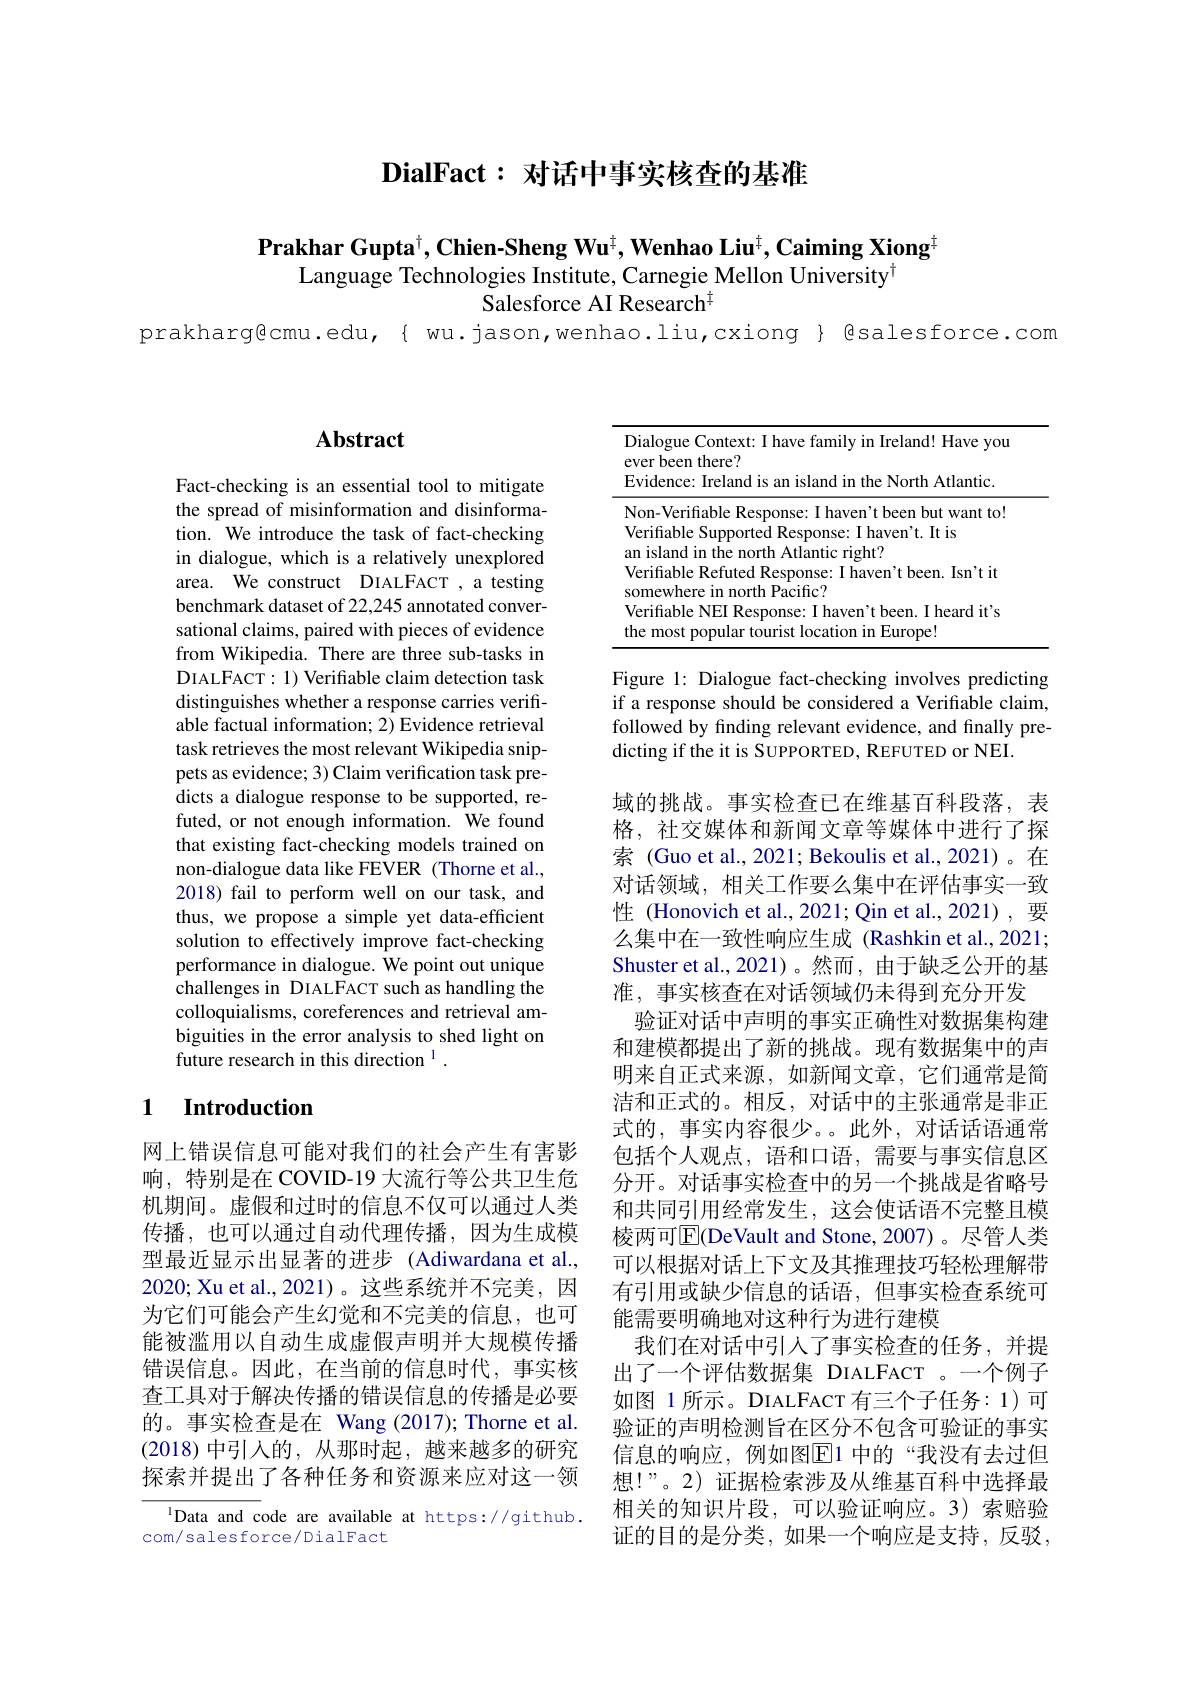
## $\textbf{DialFact: 对 话 中 事 实 核 查 的 基 准 }$

$\textbf{Prakhar Gupta}^{\dagger},\textbf{Chien-Sheng Wu}^{\dagger},\textbf{Wenhao Liu}^{\dagger},\textbf{Caiming Xiong}^{\dagger}$
Language Technologies Institute, Carnegie Mellon University$^{[\mathrm{m}]}$
Salesforce AI Research$^{\mathrm{T}}$

prakharg@cmu.edu,{ wu.jason,wenhao.liu,cxiong{ @salesforce.com

## Abstract

Fact-checking is an essential tool to mitigate the spread of misinformation and disinformation. We introduce the task of fact-checking in dialogue, which is a relatively unexplored area. We construct DIALFACT ,a testing benchmark dataset of 22,245 annotated conversational claims, paired with pieces of evidence from Wikipedia. There are three sub-tasks in DIALFACT: 1) Verifiable claim detection task distinguishes whether a response carries verifiable factual information; 2) Evidence retrieval task retrieves the most relevant Wikipedia snippets as evidence; 3) Claim verification task predicts a dialogue response to be supported, refuted, or not enough information. We found that existing fact-checking models trained on non-dialogue data like FEVER (Thorne et al. 2018) fail to perform well on our task, and thus, we propose a simple yet data-efficient solution to effectively improve fact-checking performance in dialogue. We point out unique challenges in DIALFACT such as handling the colloquialisms, coreferences and retrieval ambiguities in the error analysis to shed light on future research in this direction $^{1}.$

## 1 Introduction

网上错误信息可能对我们的社会产生有害影响，特别是在 COVID-19 大流行等公共卫生危机期间。虚假和过时的信息不仅可以通过人类传播，也可以通过自动代理传播，因为生成模型最近显示出显著的进步(Adiwardana et al., 2020; Xu et al., 2021)。这些系统并不完美，因为它们可能会产生幻觉和不完美的信息，也可能被滥用以自动生成虚假声明并大规模传播错误信息。因此，在当前的信息时代，事实核查工具对于解决传播的错误信息的传播是必要的。事实检查是在 Wang (2017);Thorne et al. (2018)中引人的，从那时起，越来越多的研究探索并提出了各种任务和资源来应对这一领

$^{1}$Data and code are available at https://github.
com/salesforce/DialFact

<table>
	<tbody>
		<tr>
			<td> </td>
			<td>VerifiableF $k_{\mathrm{PC}}$ sm $h_{\mathrm{PPPP}}$ n but want to</td>
		</tr>
		<tr>
			<td> </td>
			<td>fiable Supported Response: I haven't. It is land in the north Atlantic right?</td>
		</tr>
		<tr>
			<td> </td>
			<td>fiable Refuted Response: I haven't been. Isn't it $D_{ncif_{nc}}$</td>
		</tr>
		<tr>
			<td>$\textbf{t}$</td>
			<td>munm fiable NEI Response: I haven't been. I heard it's nost popular tourist location in Europe!</td>
		</tr>
	</tbody>
</table>

Figure 1: Dialogue fact-checking involves predicting if a response should be considered a Verifiable claim, followed by finding relevant evidence, and finally predicting if the it is SUPPORTED, REFUTED or NEI.

域的挑战。事实检查已在维基百科段落，表格，社交媒体和新闻文章等媒体中进行了探索 (Guo et al., 2021; Bekoulis et al., 2021)。在对话领域，相关工作要么集中在评估事实一致性 (Honovich et al.,2021; Qin et al.,2021), 要么集中在一致性响应生成 (Rashkin et al.,2021; Shuster et al.,2021)。然而，由于缺乏公开的基准，事实核查在对话领域仍未得到充分开发
验证对话中声明的事实正确性对数据集构建和建模都提出了新的挑战。现有数据集中的声明来自正式来源，如新闻文章，它们通常是简洁和正式的。相反，对话中的主张通常是非正式的，事实内容很少。。此外，对话话语通常包括个人观点，语和口语，需要与事实信息区分开。对话事实检查中的另一个挑战是省略号和共同引用经常发生，这会使话语不完整且模棱两可$\overline{\mathrm{E}}($DeVault and Stone,2007)。尽管人类可以根据对话上下文及其推理技巧轻松理解带有引用或缺少信息的话语，但事实检查系统可能需要明确地对这种行为进行建模
我们在对话中引人了事实检查的任务，并提出了一个评估数据集 DIALFACT 。一个例子如图 1所示。DIALFACT 有三个子任务：1)可验证的声明检测旨在区分不包含可验证的事实信息的响应，例如图$\overline{\mathrm{E}}$1 中的“我没有去过但想！”。2)证据检索涉及从维基百科中选择最相关的知识片段，可以验证响应。3) 索赔验证的目的是分类，如果一个响应是支持，反驳，